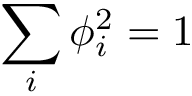
\sum _ { i } \phi _ { i } ^ { 2 } = 1